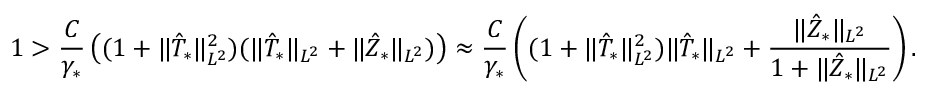
1 > \frac { C } { \gamma _ { * } } \left( ( 1 + \Vert \hat { T } _ { * } \Vert _ { L ^ { 2 } } ^ { 2 } ) ( \Vert \hat { T } _ { * } \Vert _ { { L ^ { 2 } } } + \Vert \hat { Z } _ { * } \Vert _ { { L ^ { 2 } } } ) \right) \approx \frac { C } { \gamma _ { * } } \left( ( 1 + \Vert \hat { T } _ { * } \Vert _ { { L ^ { 2 } } } ^ { 2 } ) \Vert \hat { T } _ { * } \Vert _ { { L ^ { 2 } } } + \frac { \Vert \hat { Z } _ { * } \Vert _ { { L ^ { 2 } } } } { 1 + \Vert \hat { Z } _ { * } \Vert _ { { L ^ { 2 } } } } \right) .